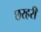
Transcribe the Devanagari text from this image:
छरहरी